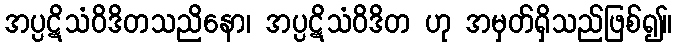
အပ္ပဋိသံဝိဒိတသညိနော၊ အပ္ပဋိသံဝိဒိတ ဟု အမှတ်ရှိသည်ဖြစ်၍။